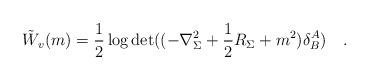
LaTeX: \begin{align*}\tilde{W}_v(m)=\frac 12 \log\det((-\nabla_{\Sigma}^2+\frac 12 R_\Sigma+m^2)\delta^A_B)~~~.\end{align*}